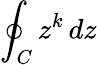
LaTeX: \oint_{C}z^{k}\, dz